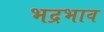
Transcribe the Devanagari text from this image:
भद्रभाव